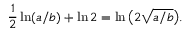
{ \frac { 1 } { 2 } } \ln ( a / b ) + \ln 2 = \ln { \bigl ( } 2 { \sqrt { a / b } } { \bigr ) } .